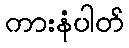
ကားနံပါတ်